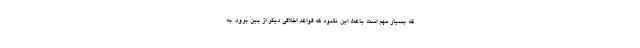
که بسیار مهم است باعث این نشود که قواعد اخلاقی دیگر از بین برود. به